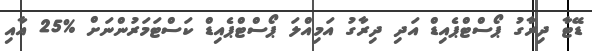
ޑޭޓާ ދިރާގު ޕޯސްޓްޕެއިޑް އަދި ދިރާގު އަމިއްލަ ޕޯސްޓްޕެއިޑް ކަސްޓަމަރުންނަށް %25 އާއި